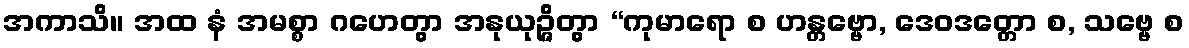
အကာသိ။ အထ နံ အမစ္စာ ဂဟေတွာ အနုယုဉ္ဇိတွာ “ကုမာရော စ ဟန္တဗ္ဗော, ဒေဝဒတ္တော စ, သဗ္ဗေ စ